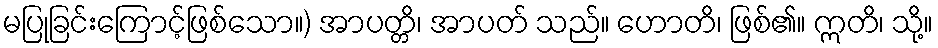
မပြုခြင်းကြောင့်ဖြစ်သော။) အာပတ္တိ၊ အာပတ် သည်။ ဟောတိ၊ ဖြစ်၏။ ဣတိ၊ သို့။